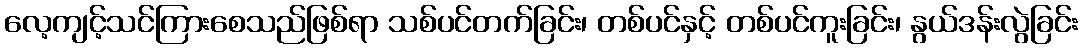
လေ့ကျင့်သင်ကြားစေသည်ဖြစ်ရာ သစ်ပင်တက်ခြင်း၊ တစ်ပင်နှင့် တစ်ပင်ကူးခြင်း၊ နွယ်ဒန်းလွဲခြင်း